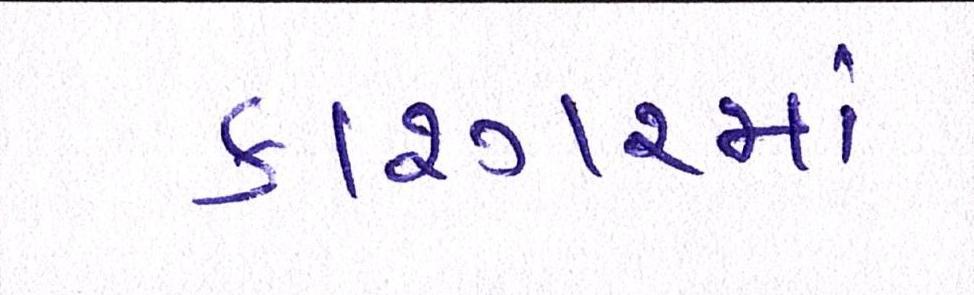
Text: કાશ્ગરમાં